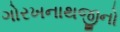
ગોરખનાથજીનો